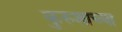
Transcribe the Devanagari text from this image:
कुरुशाच्या